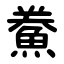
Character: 鮝